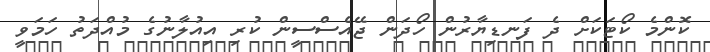
ކޮންމެ ކޯޓަކަށް ދެ ފަނޑިޔާރުން ހޯދަން ޖޭއެސްސީން ކުރި އިއުލާނުގެ މުއްދަތު ހަމަވީ